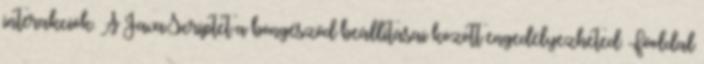
interakciók. A JavaScriptet a böngésződ beállításai között engedélyezheted. Főoldal